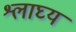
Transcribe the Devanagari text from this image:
श्लाघ्य